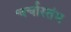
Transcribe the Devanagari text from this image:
चर्चास्तंभ